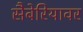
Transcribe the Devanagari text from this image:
सैबेरियावर